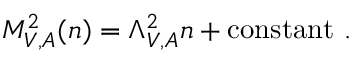
M _ { V , A } ^ { 2 } ( n ) = \Lambda _ { V , A } ^ { 2 } n + \mathrm { c o n s t a n t } \ .